system: You are a helpful assistant.
user:
Analyze the provided spectrum to determine if it is a **S-type Star**.

- **Key Indicators for S-type Star:**

    - **(Overall Spectrum Shape):** The first and most obvious characteristic is the overall continuum (the "baseline" shape). It is **extremely "red-sloping,"** meaning the flux (light intensity) is very low on the left side (blue, ~4000-4500 Å) and rises steeply and continuously toward the right side (red, ~7000 Å+).

    - **(Primary):** The spectrum is defined by the presence of strong, broad molecular absorption "valleys" (bands) from **Zirconium Oxide (ZrO)**. The identification of these bands is the **primary requirement** for classifying a star as S-type.
        - **(Key Bandheads):** You must find distinct, deep "dips" where the light has been absorbed. The most critical band systems to locate are:
            - **~6474 Å** ($\gamma$-system): This is often the strongest and clearest ZrO feature, found in the red part of the spectrum.
            - **~5718 Å** & **~5551 Å** ($\beta$-system): A pair of prominent absorption features in the yellow-orange part of the spectrum.
            - **~4640 Å** ($\alpha$-system): A key absorption band system in the blue-green region of the spectrum.

    - **(Secondary Confirmation):** The classification is strengthened by finding additional absorption bands from other related heavy element oxides, which are expected to be present alongside ZrO.
        - **(Key Bandheads):**
            - **Yttrium Oxide (YO):** Look for absorption dips near **~4800 Å** and **~6100 Å**.
            - **Lanthanum Oxide (LaO):** Additional absorption features, particularly in the red-orange part of the spectrum, are also characteristic.

    - **(Line Profile):** The combination of the steep red continuum and these numerous, deep molecular bands (ZrO, YO, etc.) gives the entire spectrum a very **"chopped-up"** or **"bumpy"** appearance. Instead of a smooth curve, the spectrum looks as though large, wide chunks of light have been "carved out" of it at the specific wavelengths listed above.

Think first, call **spectral_visualization_tool** if needed to examine features in detail, then provide your final answer. Your response must adhere to the following strict rules:
1.  **Overall Structure:** Your response must follow the format `<think>...</think> <tool_call>...</tool_call> (if a tool is used) <answer>...</answer>`.
2.  **Tool Usage Constraint:** You may only make **one** tool call per turn.
3.  **Final Answer Format:** In the `<answer>` tag, your conclusion must be inside a `\boxed{}` command (e.g., `\boxed{YES}` or `\boxed{NO}`), followed by your justification.

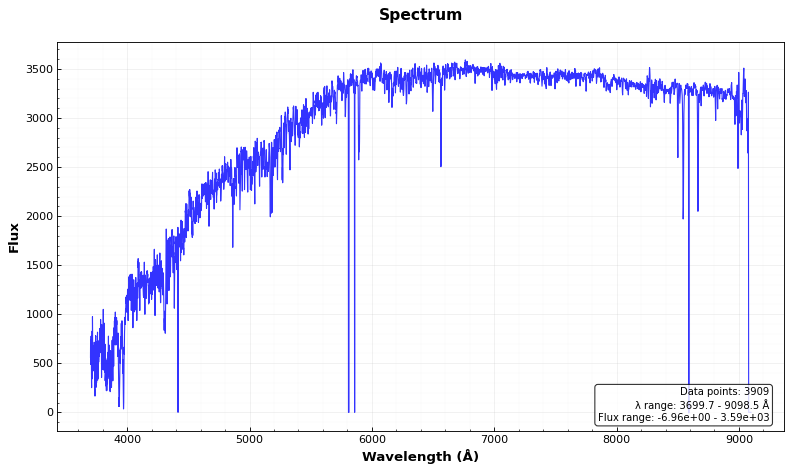
Answer: NO